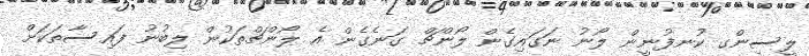
ލީސިންގ ކުނފުނީން ލޯނު ނަގައިގެން ލޯންޗް ގަނެގެން އެ ލޯންޗްތަކުން ލިބުނު ފައިސާތަކަށް